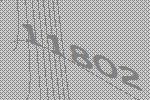
11802